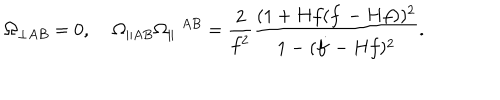
\Omega _ { \perp A B } = 0 , \; \Omega _ { \parallel A B } \Omega _ { \parallel } \; ^ { A B } = \frac { 2 } { f ^ { 2 } } \frac { ( 1 + H f ( \dot { f } - H f ) ) ^ { 2 } } { 1 - ( \dot { f } - H f ) ^ { 2 } } .